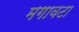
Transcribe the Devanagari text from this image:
मगावटा